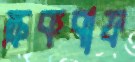
ক্রকবাফ